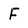
Character: F